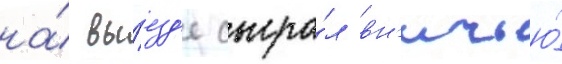
на́ вы́езд'е сыгра́л вн'ичью́